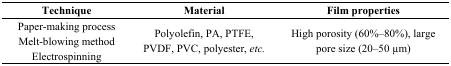
<table><thead><tr><td><b>Technique</b></td><td><b>Material</b></td><td><b>Film properties</b></td></tr></thead><tbody><tr><td>Paper-making process</td><td rowspan="3">Polyolefin, PA, PTFE, PVDF, PVC, polyester, <i>etc.</i></td><td rowspan="3">High porosity (60%–80%), large pore size (20–50 μm)</td></tr><tr><td>Melt-blowing method</td></tr><tr><td>Electrospinning</td></tr></tbody></table>